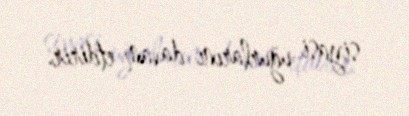
siyasi uğurlarını davam etdirir.